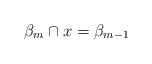
LaTeX: \begin{align*} \beta_{m} \cap x = \beta_{m-1} \end{align*}